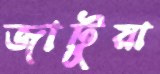
জাটুয়া